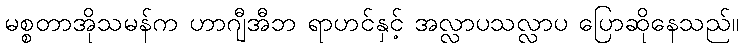
မစ္စတာအိုသမန်က ဟာဂျီအီဘ ရာဟင်နှင့် အလ္လာပသလ္လာပ ပြောဆိုနေသည်။